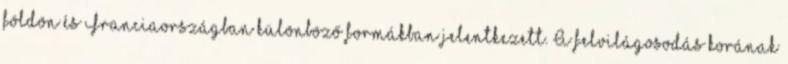
földön és Franciaországban különböző formákban jelentkezett. A felvilágosodás korának